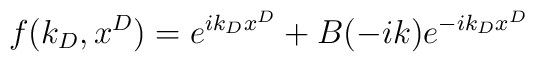
f(k_D,x^{D})=e^{ik_{D}x^{D}}+B(-ik)e^{-ik_{D}x^{D}}